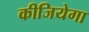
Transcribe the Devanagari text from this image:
कीजियेगा